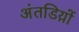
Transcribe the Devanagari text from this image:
अंतडिय़ों